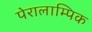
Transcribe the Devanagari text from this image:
पेरालाम्पिक